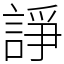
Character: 諍